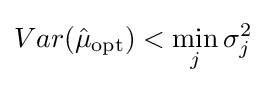
Var({\hat {\mu }}_{\text{opt}})<\min _{j}\sigma _{j}^{2}